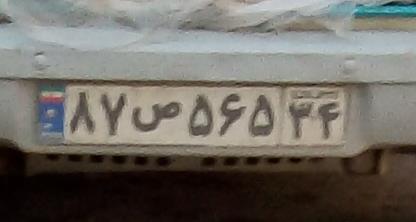
۸۷ص۵۶۵۳۴